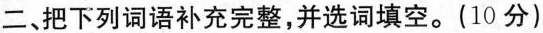
二、把下列词语补充完整，并选词填空。(10分)